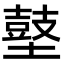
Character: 𪔋